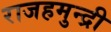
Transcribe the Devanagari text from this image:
राजहमुन्द्री